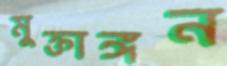
মুক্তাঙ্গন